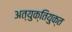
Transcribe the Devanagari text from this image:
अत्युक्तियुक्त